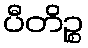
ပီတိဉ္စ